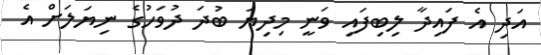
އަދި އެ ފައިދާ ލިބިފައި ވަނީ މިދިޔަ ބުދަ ދުވަހުގެ ނިޔަލަށް އެ